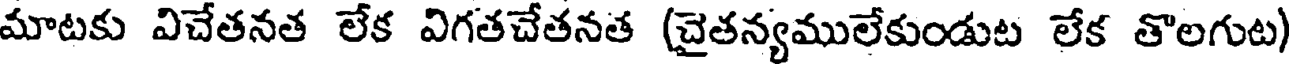
మాటకు విచేతనత లేక విగతచేతనత (చైతన్యములేకుండుట లేక తొలగుట)